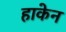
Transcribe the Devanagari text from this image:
हाकेन